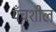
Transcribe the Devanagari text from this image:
पँचशील